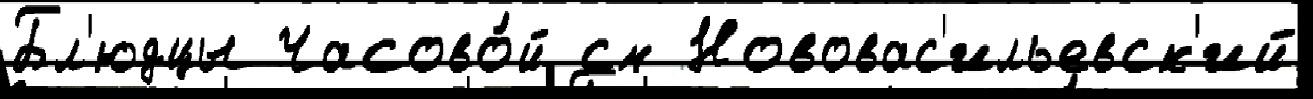
Бл'юдцы Часово́й см Нововас'ильевск'ий